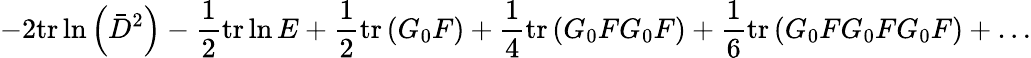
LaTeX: -2\mathrm{tr}\ln\left(\bar{D}^{2}\right)-\frac{1}{2}\mathrm{tr}\ln E+\frac{1}{2}\mathrm{tr}\left(G_{0}F\right)+\frac{1}{4}\mathrm{tr}\left(G_{0}FG_{0}F\right)+\frac{1}{6}\mathrm{tr}\left(G_{0}FG_{0}FG_{0}F\right)+\ldots